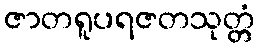
ဇာတရူပရဇတသုတ္တံ